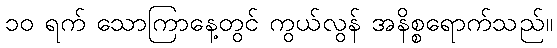
၁၀ ရက် သောကြာနေ့တွင် ကွယ်လွန် အနိစ္စရောက်သည်။